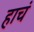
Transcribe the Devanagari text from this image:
हाचं